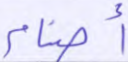
أصنام